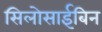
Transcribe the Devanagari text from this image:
सिलोसाईबिन